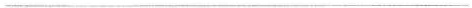
___